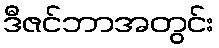
ဒီဇင်ဘာအတွင်း